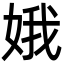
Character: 娥